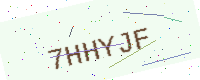
Text: 7HHYJF